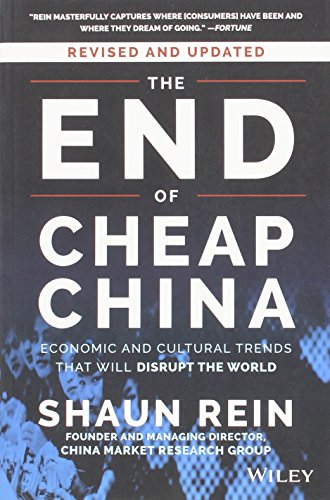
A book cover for The End of Cheap China, Revised and Updated: Economic and Cultural Trends That Will Disrupt the World; Shaun Rein; Business & Money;